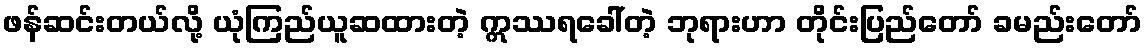
ဖန်ဆင်းတယ်လို့ ယုံကြည်ယူဆထားတဲ့ ဣဿရခေါ်တဲ့ ဘုရားဟာ တိုင်းပြည်တော် ခမည်းတော်